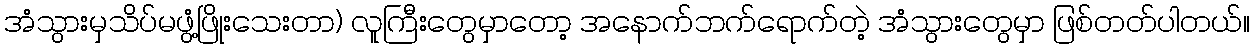
အံသွားမှသိပ်မဖွံ့ဖြိုးသေးတာ) လူကြီးတွေမှာတော့ အနောက်ဘက်ရောက်တဲ့ အံသွားတွေမှာ ဖြစ်တတ်ပါတယ်။